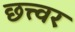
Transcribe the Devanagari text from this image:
छत्त्वर